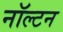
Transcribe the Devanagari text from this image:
नॉल्टन